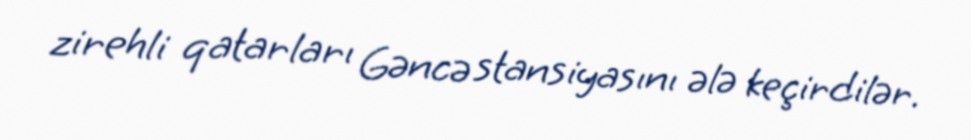
zirehli qatarları Gəncə stansiyasını ələ keçirdilər.